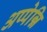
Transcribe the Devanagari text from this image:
अप्पेन्नि